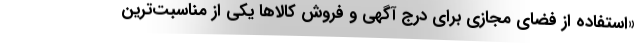
«استفاده از فضای مجازی برای درج آگهی و فروش کالاها یکی از مناسبت‌ترین